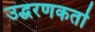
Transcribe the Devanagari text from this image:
उद्धरणकर्ता